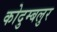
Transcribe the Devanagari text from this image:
कोदुम्बलुर